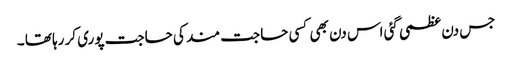
جس دن عظمی گئی اس دن بھی کسی حاجت مند کی حاجت پوری کر رہا تھا ۔